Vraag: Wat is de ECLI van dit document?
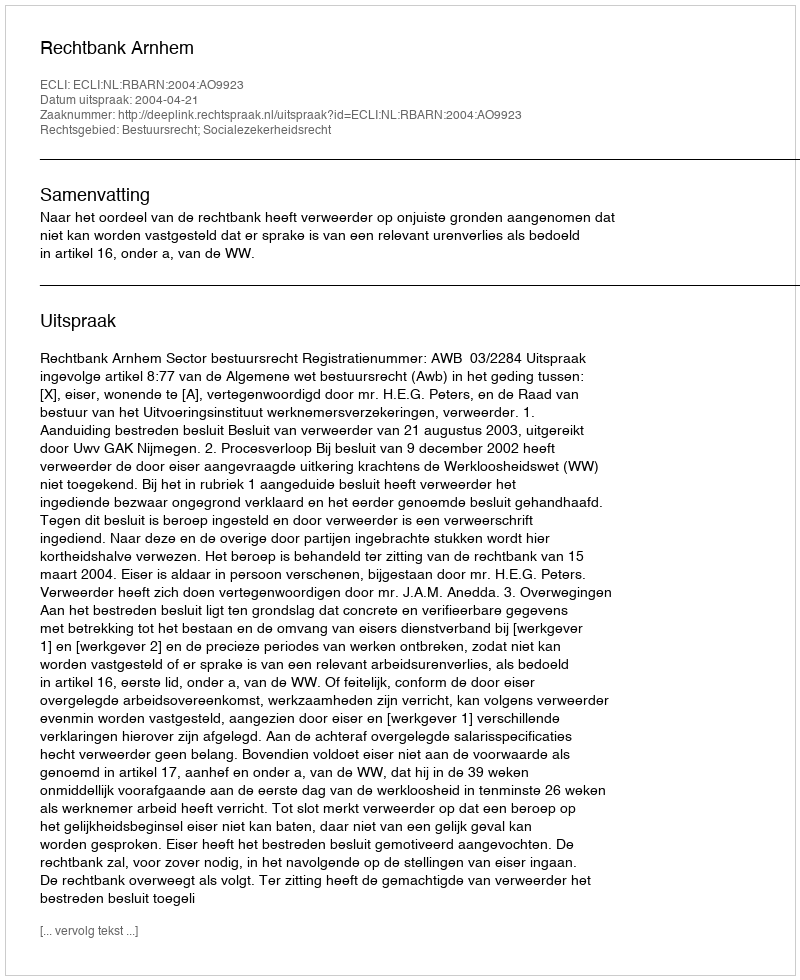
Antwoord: ECLI:NL:RBARN:2004:AO9923